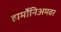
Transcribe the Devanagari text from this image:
हार्मोनिअमवर